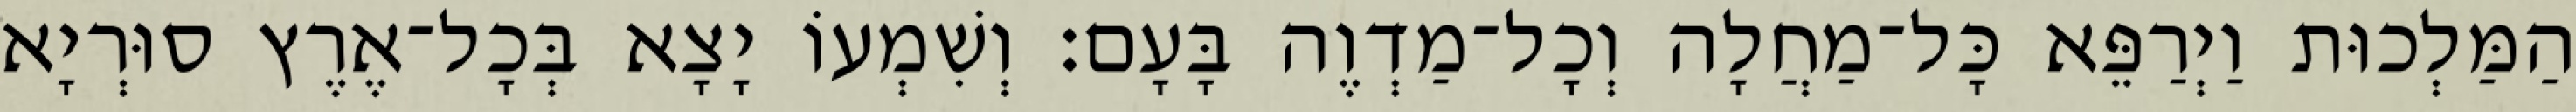
הַמַּלְכוּת וַיְרַפֵּא כָּל־מַחֲלָה וְכָל־מַדְוֶה בָּעָם׃ וְשִׁמְעוֹ יָצָא בְּכָל־אֶרֶץ סוּרְיָא